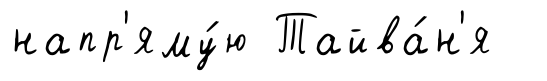
напр'яму́ю Тайва́н'я